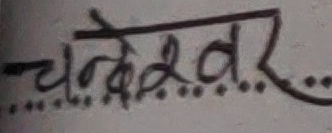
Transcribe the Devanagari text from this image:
चन्द्रेश्वर